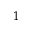
^ 1